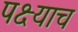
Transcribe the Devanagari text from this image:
पक्ष्याच